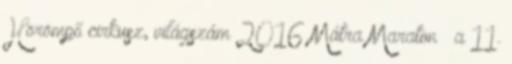
Hörömpő cirkusz, világszám 2016 Mátra Maraton – a 11.